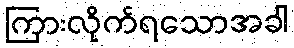
ကြားလိုက်ရသောအခါ